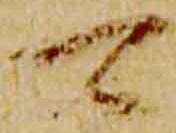
可